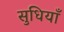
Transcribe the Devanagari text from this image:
सुधियाँ